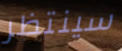
سينتظر